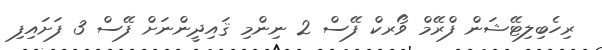
ރިހެބިލިޓޭޝަން ފްރޭމް ވޯރކް ފޭސް 2 ނިންމި ޤައިދީންނަށް ފޭސް 3 ފަށައިފި